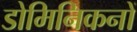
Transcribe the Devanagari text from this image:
डोमिनिकनों